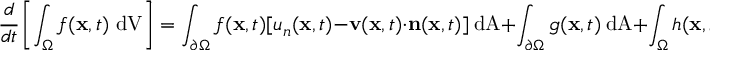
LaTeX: { \cfrac { d } { d t } } \left[ \int _ { \Omega } f ( \mathbf { x } , t ) ~ { \mathrm { d V } } \right] = \int _ { \partial \Omega } f ( \mathbf { x } , t ) [ u _ { n } ( \mathbf { x } , t ) - \mathbf { v } ( \mathbf { x } , t ) \cdot \mathbf { n } ( \mathbf { x } , t ) ] ~ { \mathrm { d A } } + \int _ { \partial \Omega } g ( \mathbf { x } , t ) ~ { \mathrm { d A } } + \int _ { \Omega } h ( \mathbf { x } , t ) ~ { \mathrm { d V } } ~ .